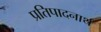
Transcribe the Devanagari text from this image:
प्रतिपादनार्थ